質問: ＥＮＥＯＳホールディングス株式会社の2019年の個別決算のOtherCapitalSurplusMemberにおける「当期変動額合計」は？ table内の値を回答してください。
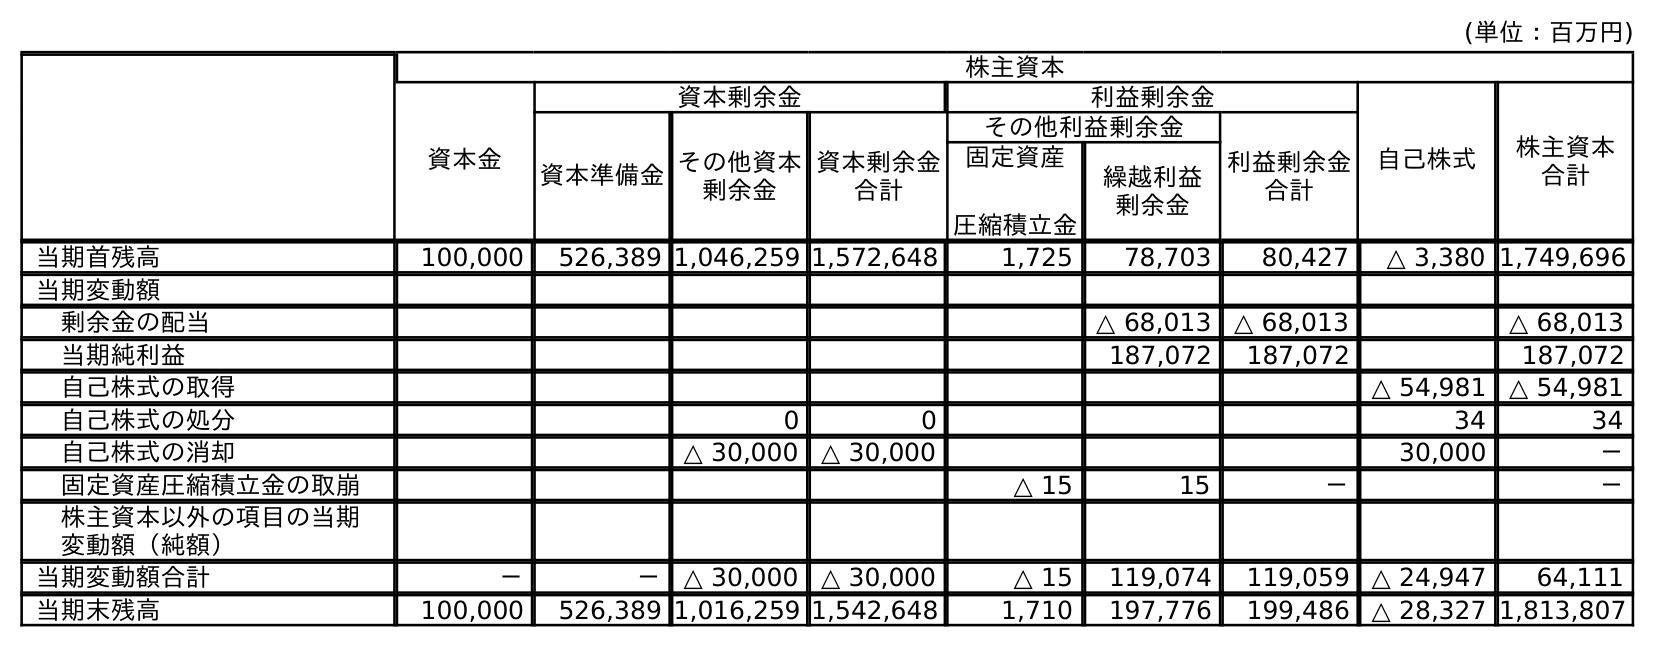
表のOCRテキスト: (単位：百万円) 株主資本 資本金 資本剰余金 利益剰余金 自己株式 株主資本 合計 資本準備金その他資本 剰余金 資本剰余金 合計 その他利益剰余金 利益剰余金 合計 固定資産 圧縮積立金 繰越利益 剰余金 当期首残高 100,000 526,389 1,046,259 1,572,648 1,725 78,703 80,427 △ 3,380 1,749,696 当期変動額 剰余金の配当 △ 68,013 △ 68,013 △ 68,013 当期純利益 187,072 187,072 187,072 自己株式の取得 △ 54,981 △ 54,981 自己株式の処分 0 0 34 34 自己株式の消却 △ 30,000 △ 30,000 30,000 － 固定資産圧縮積立金の取崩 △ 15 15 － － 株主資本以外の項目の当期 変動額（純額） 当期変動額合計 － － △ 30,000 △ 30,000 △ 15 119,074 119,059 △ 24,947 64,111 当期末残高 100,000 526,389 1,016,259 1,542,648 1,710 197,776 199,486 △ 28,327 1,813,807
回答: △30,000